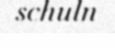
schuln